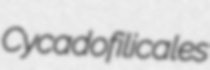
Cycadofilicales